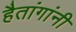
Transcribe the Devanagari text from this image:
हैतांगांनी